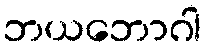
ဘယဘောဂါ